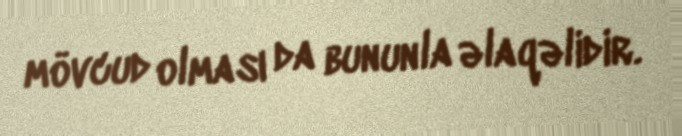
mövcud olması da bununla əlaqəlidir.